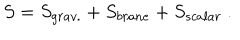
S = S _ { g r a v . } + S _ { b r a n e } + S _ { s c a l a r } \ .